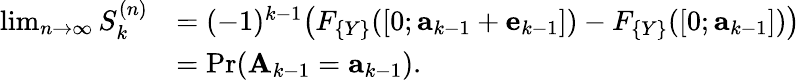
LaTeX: \begin{array}{rl}{\operatorname*{lim}_{n\to\infty}S_{k}^{(n)}}&{=(-1)^{k-1}\big(F_{\{ Y\} }([0;\mathbf{a}_{k-1}+\mathbf{e}_{k-1}])-F_{\{ Y\} }([0;\mathbf{a}_{k-1}])\big)}\\ &{=\operatorname*{Pr}(\mathbf{A}_{k-1}=\mathbf{a}_{k-1}).}\end{array}